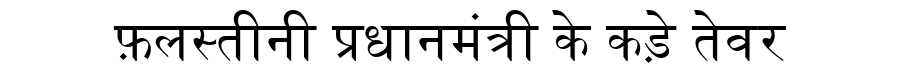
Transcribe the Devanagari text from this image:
फ़लस्तीनी प्रधानमंत्री के कड़े तेवर